Code of medical and sanitary regulations for the guidance of medical officers serving in the Madras Presidency - Volume II
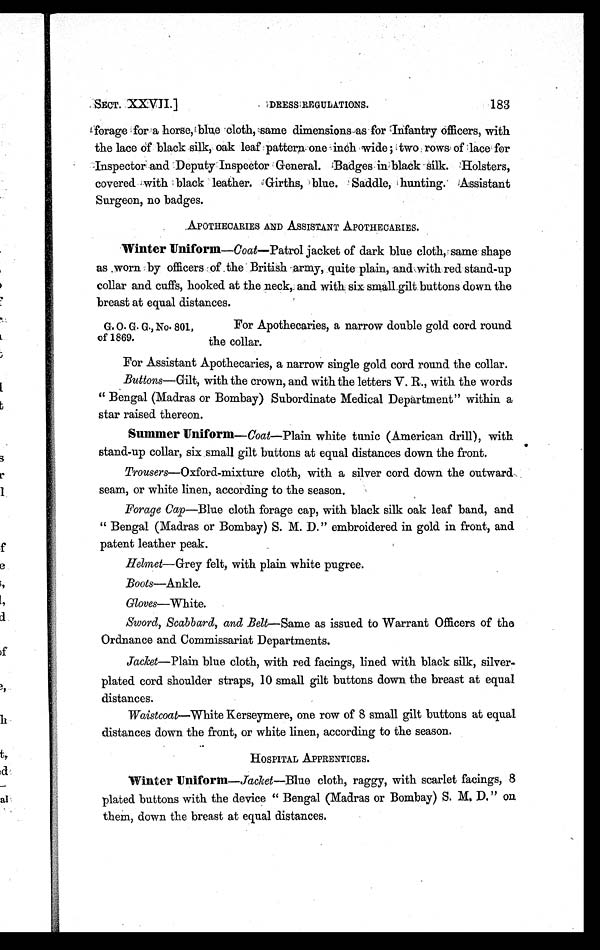
183
SECT.XXVII.]
DRESS REGULATIONS.
forage for a horse, blue cloth, same dimensions as for Infantry officers,with
the lace of black silk, oak leaf pattern one inch wide; two rows of lace for
Inspector and Deputy Inspector General. Badges in black silk. Holsters,
covered. with black leather. Girths, blue. Saddle, hunting. Assistant
Surgeon, no badges.
APOTHECARIES AND ASSISTANT APOTHECARIES.
Winter Uniform— Coat—Patrol jacket of dark blue cloth, same shape
a s wor n by of f i c e r s of t he Br i t i s h a r my, qui t e p l a i n , a n d wi t h r e d s t a n d - u p
collar and cuffs, hooked at the neck,. and with six small gilt buttons down the
breast at equal distances.
G. O. G. G., No. 801,
of 1869.
For Apothecaries, a narrow double gold cord round
the collar.
For Assistant Apothecaries, a narrow single gold cord round the collar.
Buttons—Gilt, with the crown, and with the letters V. R., with the words
“ Bengal (Madras or Bombay) Subordinate Medical Department” within a
star raised thereon.
Summer Uniform— Coat—Plain white tunic (American drill), with
stand-up collar, six small gilt buttons at equal distances down the front.
Trousers—Oxford-mixture cloth, with a silver cord down the outward,
seam, or white linen, according to the season.
Forage Cap—Blue cloth forage cap, with black silk oak leaf band, and
“ Bengal (Madras or Bombay) S. M. D.” embroidered in gold in front, and
patent leather peak.
Helmet—Grey felt, with plain white pugree.
Boots—Ankle.
Gloves—White.
Sword, Scabbard, and Belt— Same as issued to Warrant Officers of the
Ordnance and Commissariat Departments.
Jacket—Plain blue cloth, with red facings, lined with black silk, silver-
plated cord shoulder straps, 10 small gilt buttons down the breast at equal
distances.
Waistcoat—Mhite Kerseymere, one row of 8 small gilt buttons at equal
distances down the front, or white linen, according to the season.
HOSPITAL APPRENTICES.
Winter Uniform—Jacket—Blue cloth, raggy, with scarlet facings, 8
plated buttons with the device “ Bengal (Madras or Bombay) S. M, D.”
on them, down the breast at equal distances.